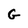
Character: G